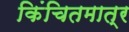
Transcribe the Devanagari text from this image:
किंचितमात्र